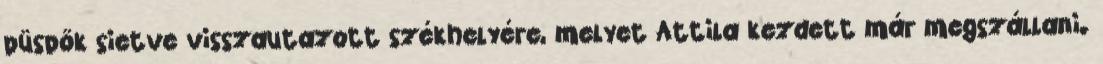
püspök sietve visszautazott székhelyére, melyet Attila kezdett már megszállani.